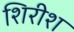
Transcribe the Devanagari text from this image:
शिरीश